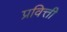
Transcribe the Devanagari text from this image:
प्रवित्ती